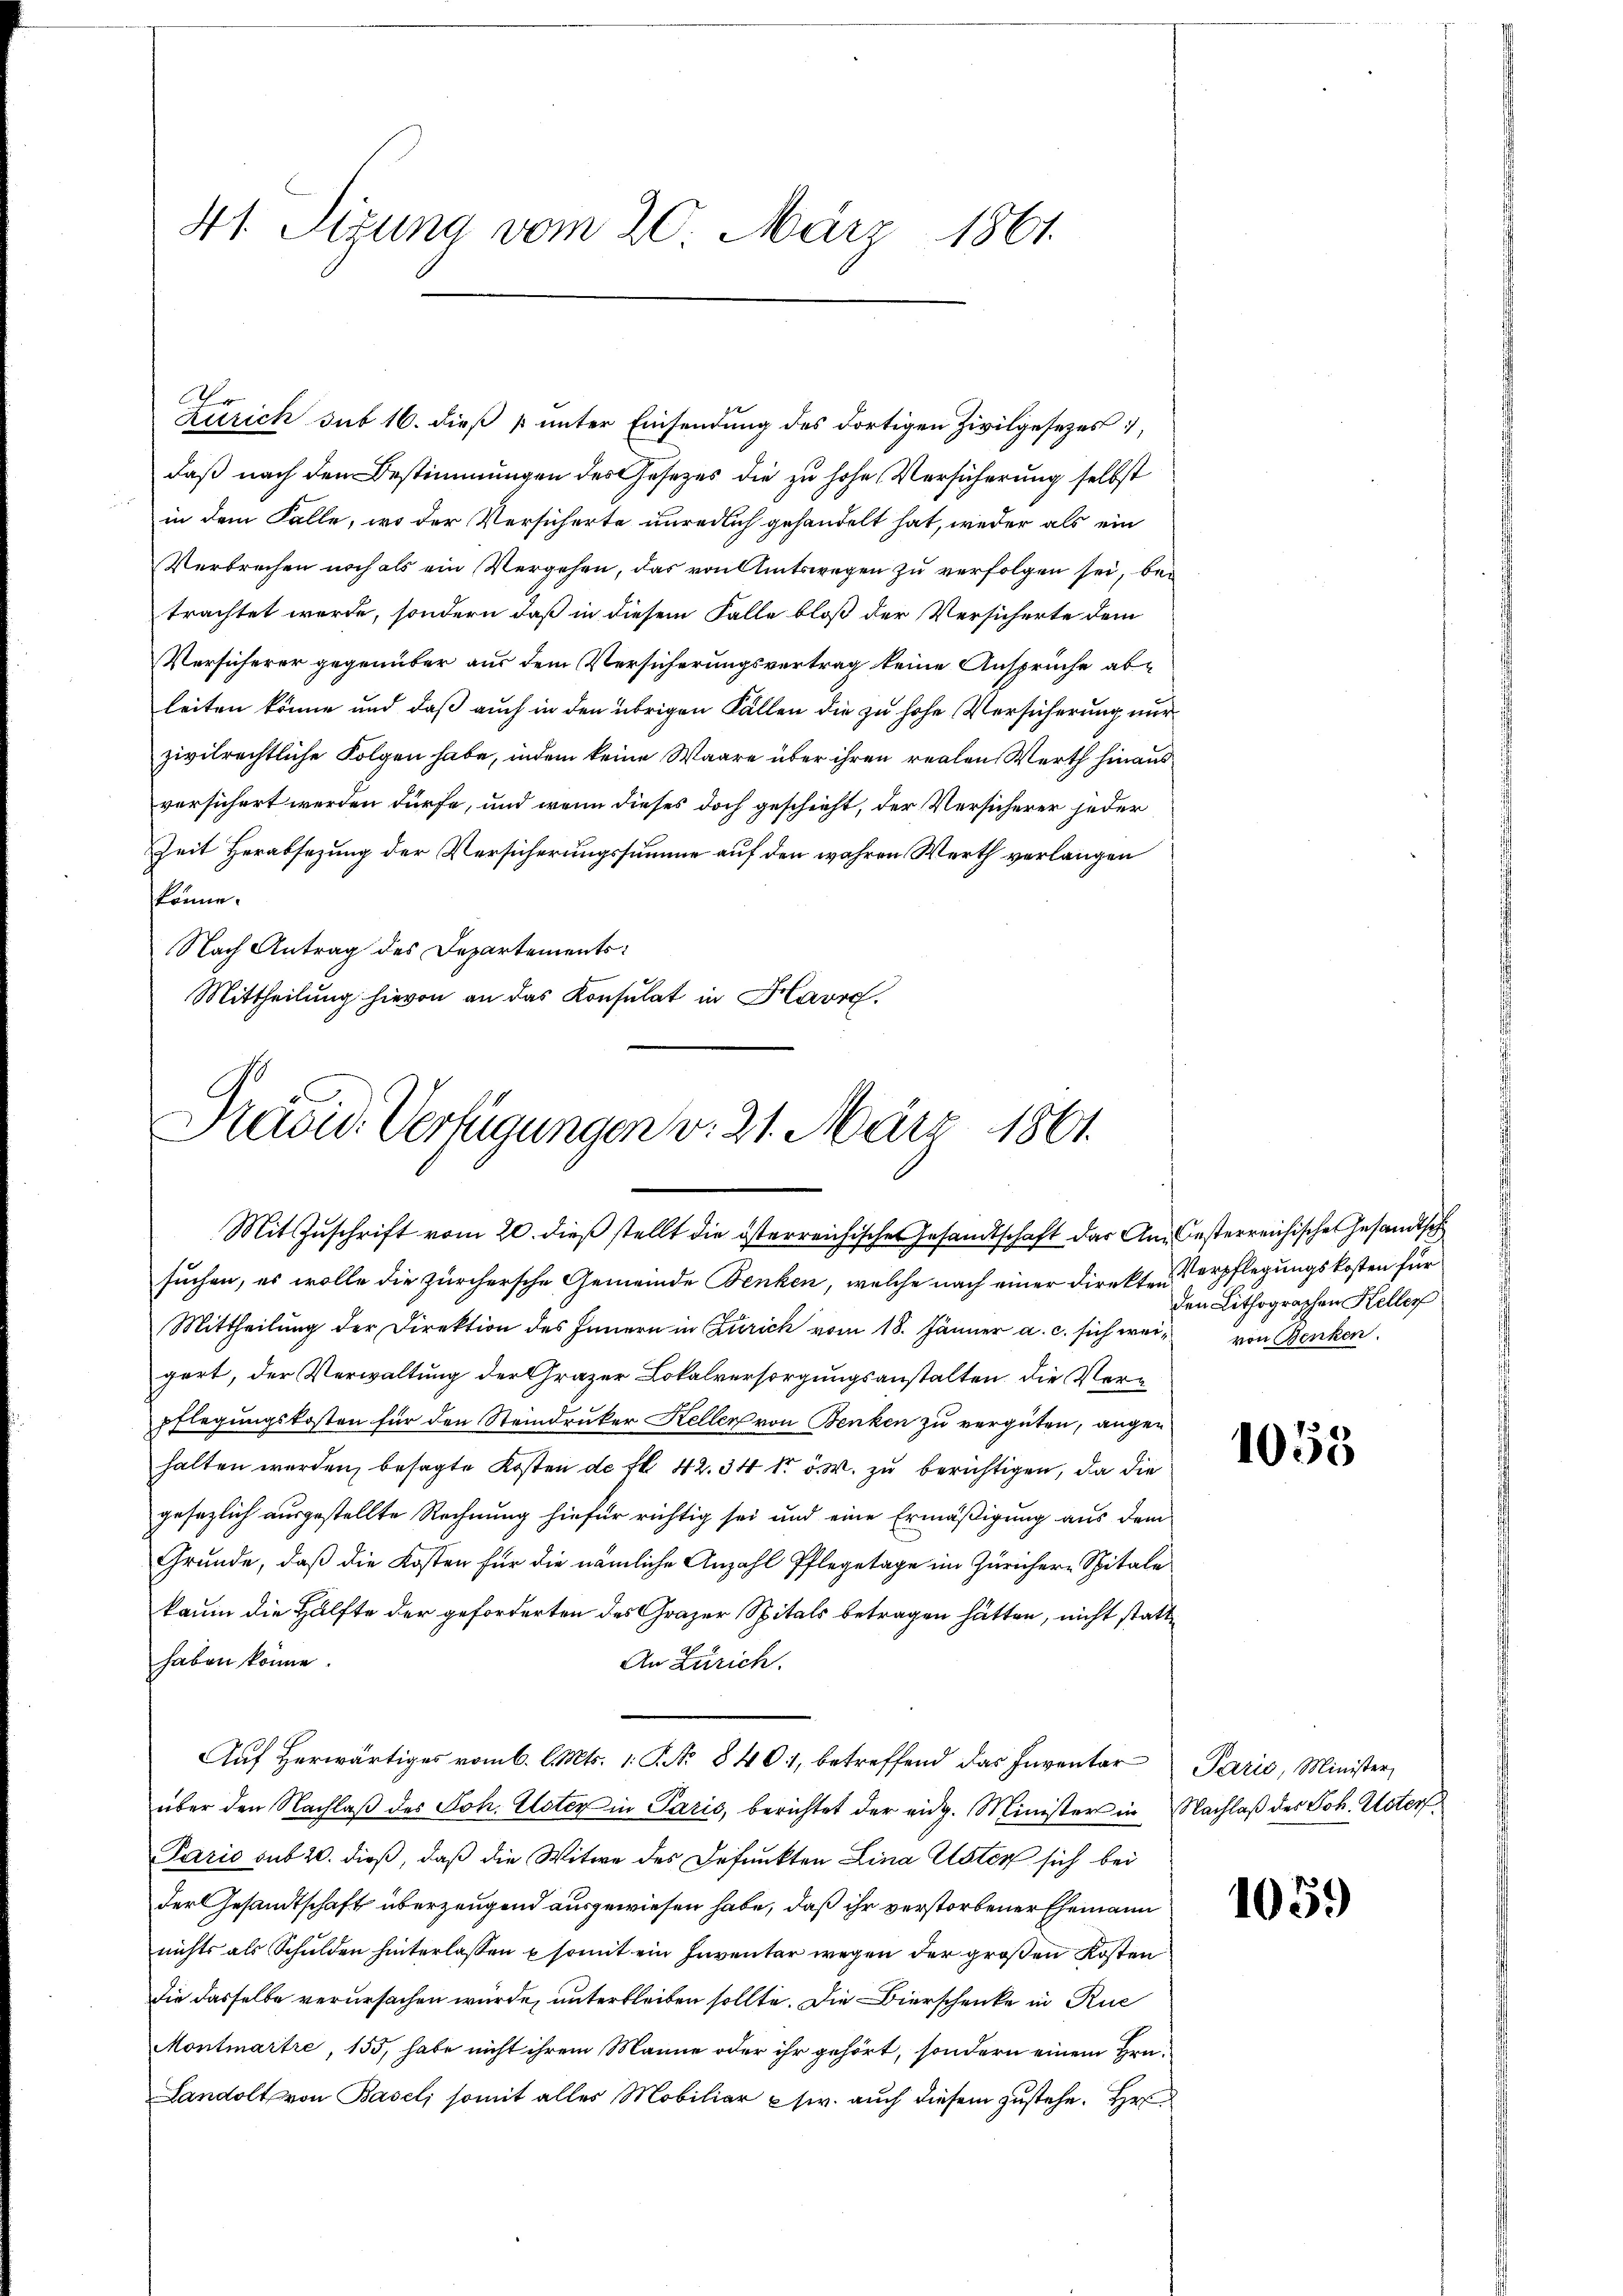
41. Sizung vom 20. März 1861.

Zürich sub 16. dieß u unter Einsendung des dortigen Zivilgesetzes,
daß nach den Bestimmungen des Gesetzes die zu hohe Versicherung selbst
a
in dem Falle, wo der Versicherte unredlich gehandelt hat, weder als ein
Verbrechen noch als ein Vergehen, das von Amtswegen zu verfolgen sei, bei
trachtet werde, sondern daß in diesem Falle bloß der Versicherte dem
Versicherer gegenüber aus dem Versicherungsvertrag keine Ansprüche ableiten könne und daß auch in den übrigen Fällen die zu hohe Versicherung nur
zivilrechtliche Folgen habe, indem keine Waare über ihren realen Werth hinaus.
versichert werden dürfe, und wenn dieses doch geschieht, der Versicherer jeder
Zeit Herabsetzung der Versicherungssumme auf den wahren Werth verlangen
könne.
Nach Antrag des Departements:
Mittheilung hievon an das Konsulat in Havre,

A.

C
Präsid. Verfügungen v. 21. März 1861.
Mit Zuschrift vom 20. dieß stellt die österreichische Gesandtschaft das Ang Oesterreichische Gesandtsch

suchen, es wolle die zürchersche Gemeinde Benken, welche nach einer Direkten Verpflegungskosten für
Mittheilung der Direktion des Innern in Zürich vom 18. Jänner a. c. sich wei von Benken.
gert, der Verwaltung der Grazer Lokalversorgungsanstalten, die Verpflegungskosten für den Steindrucker Kellen von Benken zu vergüten, augen
halten werden, besagte Kosten de fl. 42. 34 dr. v. M. zu berichtigen, da die
gesezlich ausgestellte Rechnung hiefür richtig sei und eine Ermäßigung aus dem
Grunde, daß die Kosten für die nämliche Anzahl Pflegetage im Zürichere Spitale
kaum die Hälfte der geforderten des Grazer Spitals betragen hätten, nicht statthaben könne.
An Zürich.
Auf herwärtiges vom 6. l. Mts. 1. P. Nr. 8401, betreffend das Inventar
über den Nachlaβ des Joh. Uster in Paris, berichtet der eidg. Minister in Nachlaß des Joh. Uster
Paris sub 20. dieß, daß die Witwe des Befunkten Lina Uster sich bei
der Gesandtschaft überzeugend ausgewiesen habe, daß ihr verstorbener Ehemann
nichts als Schulden hinterlassen & somit ein Inventar wegen der großen Kosten
die dasselbe verursachen würde, unterbleiben sollte. Die Bierschenke in Rue
Montmartre, 155, habe nicht ihrem Manne oder ihr gehört, sondern einem Hrn.
Landolt von Basel, somit alles Mobiliar c. auch diesem zustehe. Hr

den Lithographen Keller

1055

Paris, Minister,

1059